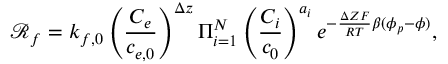
\mathcal { R } _ { f } = k _ { f , 0 } \left( \frac { C _ { e } } { c _ { e , 0 } } \right) ^ { \Delta z } \Pi _ { i = 1 } ^ { N } \left( \frac { C _ { i } } { c _ { 0 } } \right) ^ { a _ { i } } e ^ { - \frac { \Delta Z F } { R T } \beta ( \phi _ { p } - \phi ) } ,